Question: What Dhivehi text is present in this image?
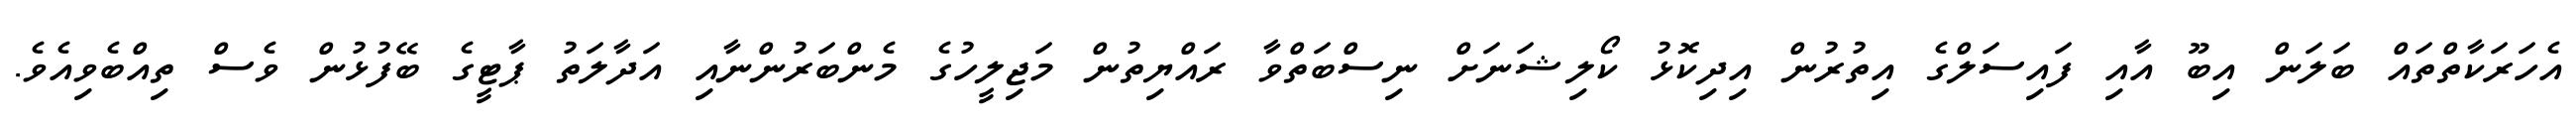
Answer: އެހަރަކާތްތައް ބަލަން އިބޫ އާއި ފައިސަލްގެ އިތުރުން އިދިކޮޅު ކޯލިޝަނަށް ނިސްބަތްވާ ރައްޔިތުން މަޖިލީހުގެ މެންބަރުންނާއި އަދާލަތު ޕާޓީގެ ބޭފުޅުން ވެސް ތިއްބެވިއެވެ.